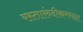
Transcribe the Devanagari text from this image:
रस्तारुंदीकरणात